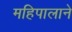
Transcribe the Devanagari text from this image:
महिपालाने